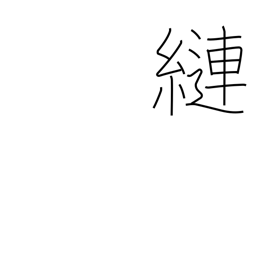
Meaning: tangle